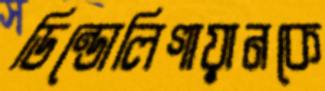
ডিন্ডোলিগায়ানকে